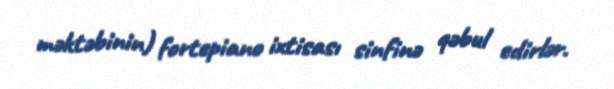
məktəbinin) fortepiano ixtisası sinfinə qəbul edirlər.